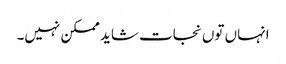
انہاں توں نجات شاید ممکن نہیں۔